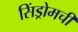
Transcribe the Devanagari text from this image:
सिंड्रोमची